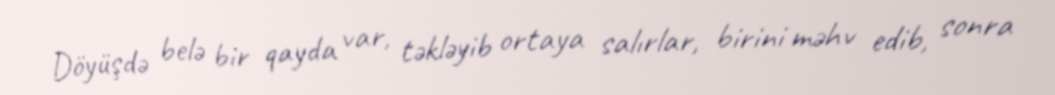
Döyüşdə belə bir qayda var, təkləyib ortaya salırlar, birini məhv edib, sonra